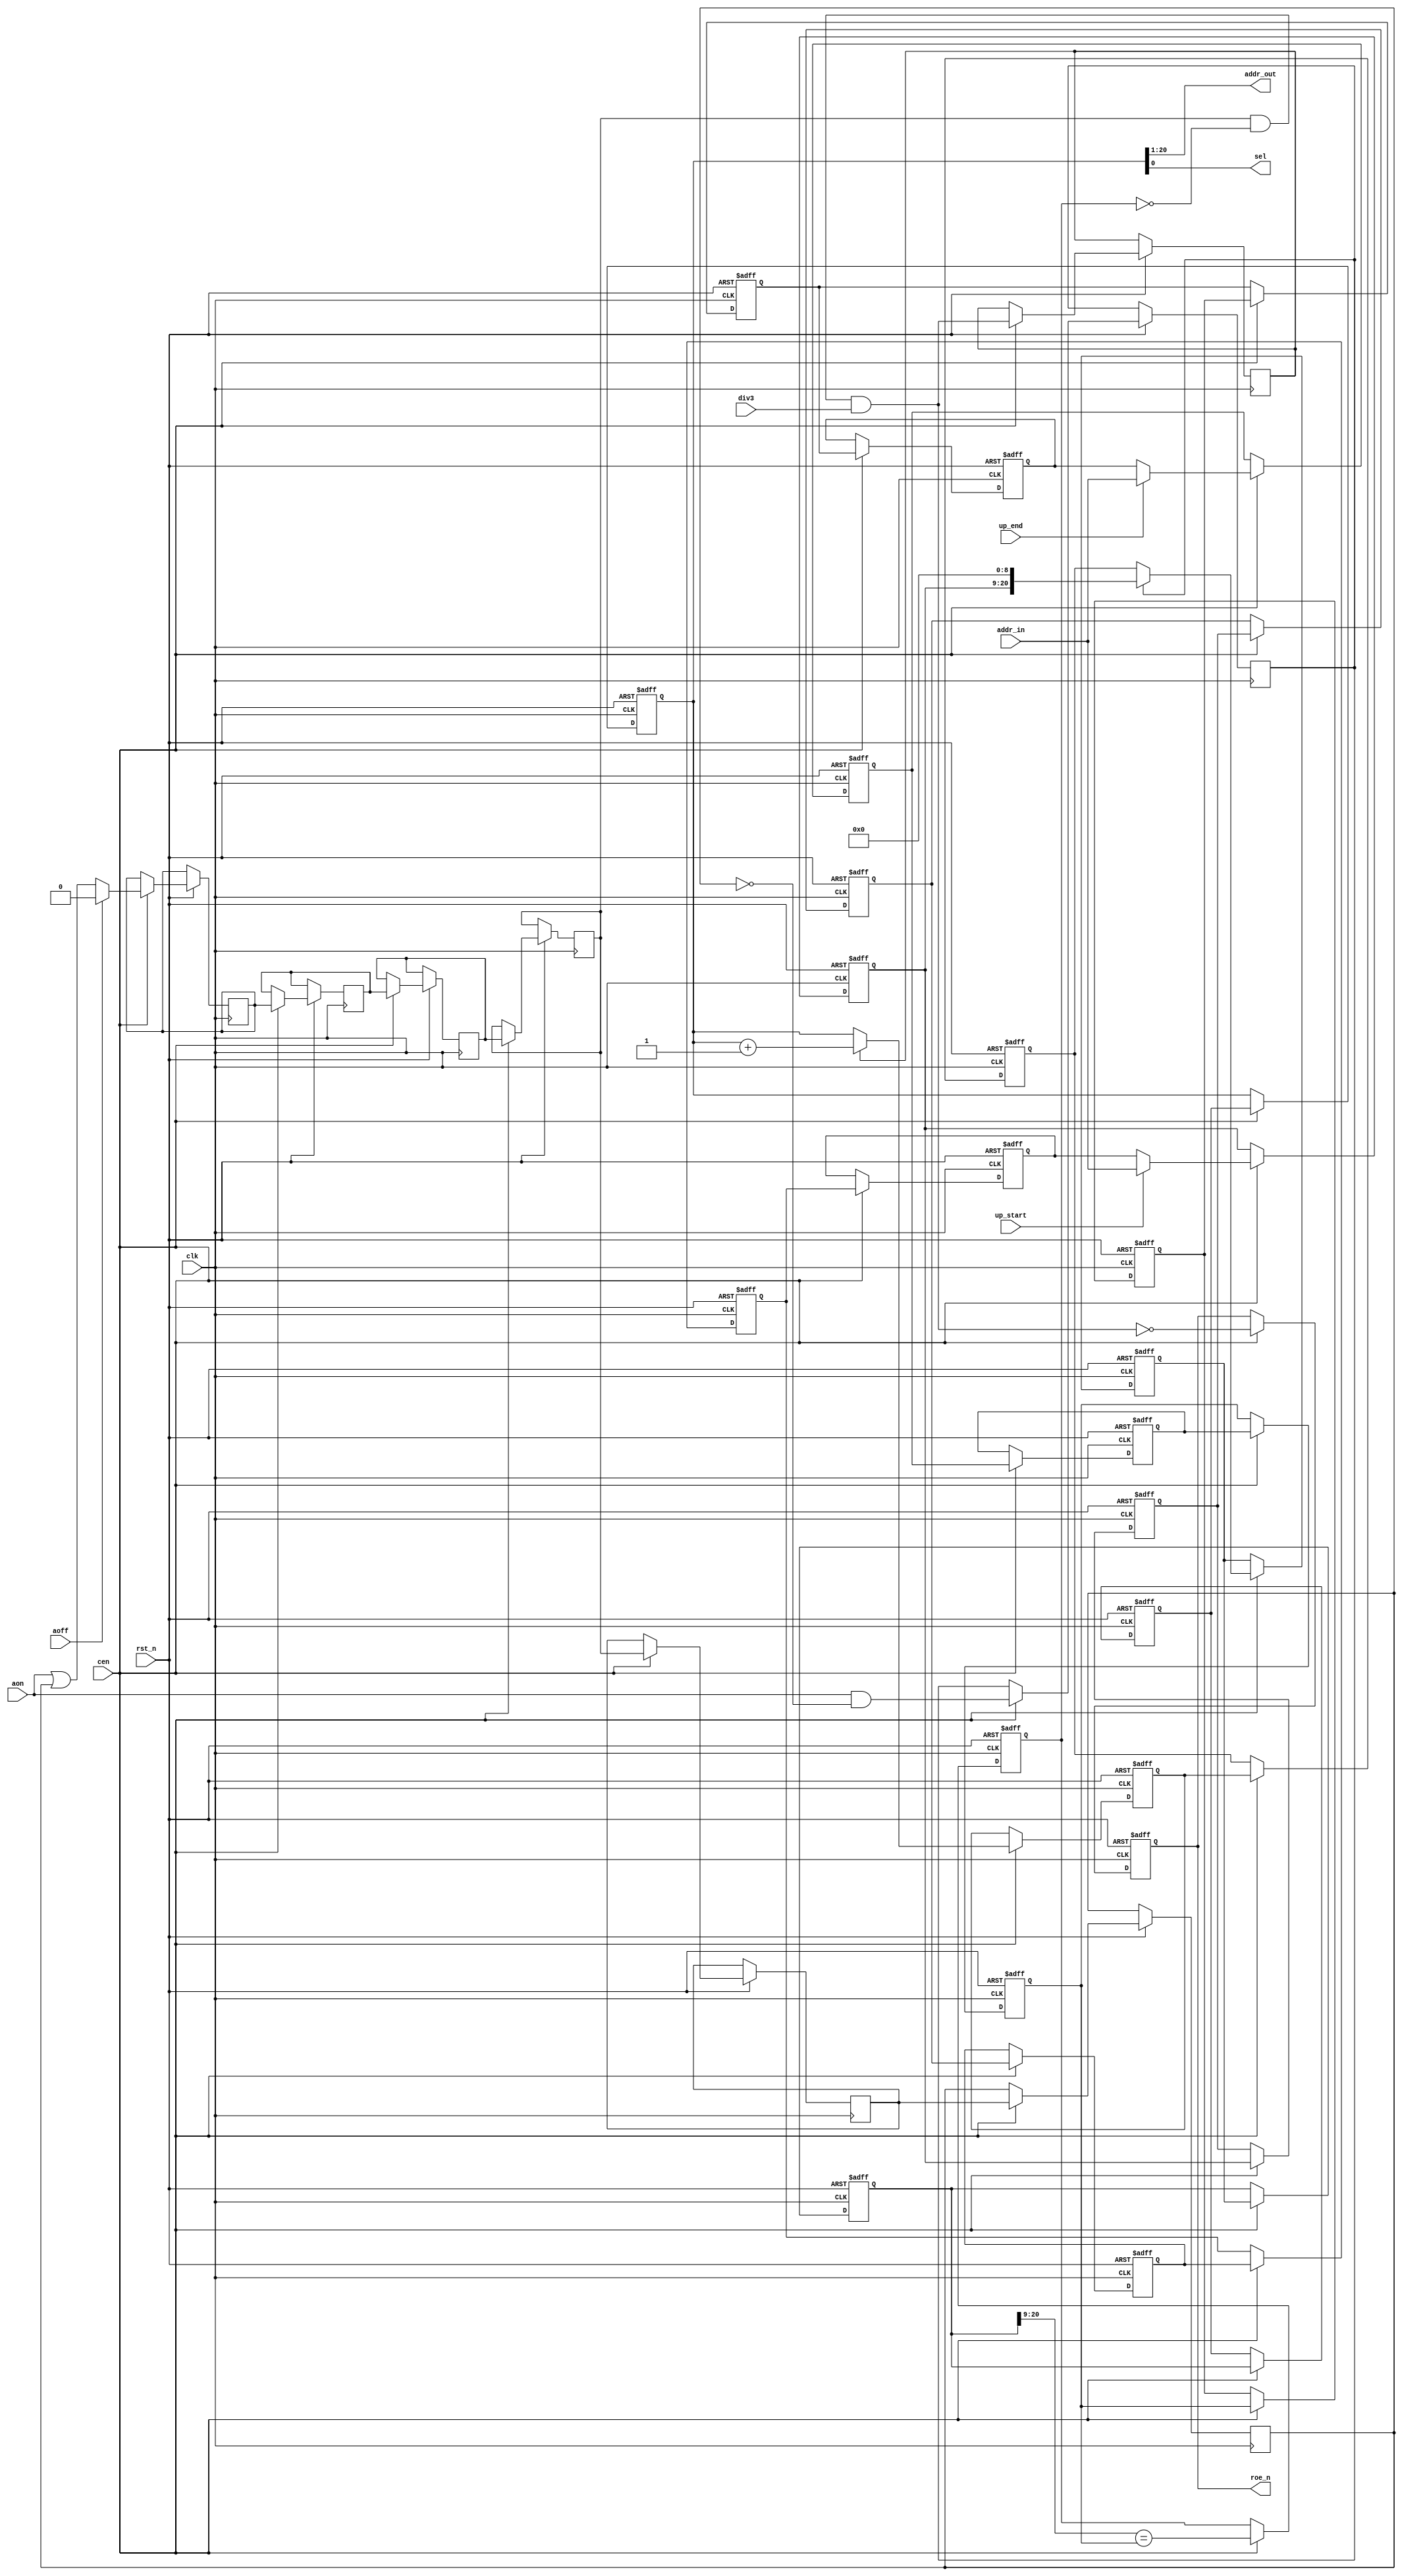
/* This file is part of JT12.

 
    JT12 program is free software: you can redistribute it and/or modify
    it under the terms of the GNU General Public License as published by
    the Free Software Foundation, either version 3 of the License, or
    (at your option) any later version.

    JT12 program is distributed in the hope that it will be useful,
    but WITHOUT ANY WARRANTY; without even the implied warranty of
    MERCHANTABILITY or FITNESS FOR A PARTICULAR PURPOSE.  See the
    GNU General Public License for more details.

    You should have received a copy of the GNU General Public License
    along with JT12.  If not, see <http://www.gnu.org/licenses/>.

    Author: Jose Tejada Gomez. Twitter: @topapate
    Version: 1.0
    Date: 21-03-2019
*/

module jt10_adpcm_cnt(
    input           rst_n,
    input           clk,        // CPU clock
    input           cen,        // optional clock enable, if not needed leave as 1'b1
    input           div3,
    input   [11:0]  addr_in,
    input           up_start,
    input           up_end,
    input           aon,
    input           aoff,
    output  [19:0]  addr_out,
    output          sel,
    output          roe_n
);

reg [20:0] addr1, addr2, addr3, addr4, addr5, addr6;
reg [11:0] start1, start2, start3, start4, start5, start6,
           end1,   end2,   end3,   end4,   end5,   end6;
reg on1, on2, on3, on4, on5, on6;
reg done5, done6;
reg roe_n6;

reg clr2;

assign addr_out = addr6[20:1];
assign sel      = addr6[0];
assign roe_n    = roe_n6;

wire sumup5 = on5 && !done5 && div3;
reg  sumup6;

always @(posedge clk or negedge rst_n) 
    if( !rst_n ) begin
        addr1  <= 'd0;    addr2 <= 'd0;    addr3 <= 'd0;
        addr4  <= 'd0;    addr5 <= 'd0;    addr6 <= 'd0;
        done5  <= 'd0;
        start1 <= 'd0;   start2 <= 'd0;   start3 <= 'd0;
        start4 <= 'd0;   start5 <= 'd0;   start6 <= 'd0;
        end1   <= 'd0;     end2 <= 'd0;     end3 <= 'd0;
        end4   <= 'd0;     end5 <= 'd0;     end6 <= 'd0;
        roe_n6 <= 'd1;
    end else if( cen ) begin
        addr2  <= addr1;
        on2    <= aoff ? 1'b0 : (aon | on1);
        clr2   <= aon && !on1;
        start2 <= up_start ? addr_in : start1;
        end2   <= up_end   ? addr_in : end1;

        addr3  <= clr2 ? {start2,9'd0} : addr2;
        on3    <= on2;
        start3 <= start2;
        end3   <= end2;

        addr4  <= addr3;
        on4    <= on3;
        start4 <= start3;
        end4   <= end3;

        addr5  <= addr4;
        on5    <= on4;
        done5  <= addr4[20:9] == end4;
        start5 <= start4;
        end5   <= end4;
        // V
        addr6  <= addr5;
        on6    <= on5;
        start6 <= start5;
        end6   <= end5;
        roe_n6 <= !sumup5;
        sumup6 <= sumup5;

        addr1  <= sumup6 ? addr6+21'd1 :addr6;
        on1    <= on6;
        start1 <= start6;
        end1   <= end6;
    end

endmodule // jt10_adpcm_cnt